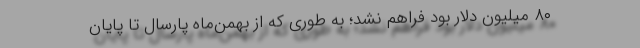
۸۰ میلیون دلار بود فراهم نشد؛ به طوری که از بهمن‌ماه پارسال تا پایان